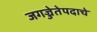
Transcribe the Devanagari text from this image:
जगज्जेतेपदाचे